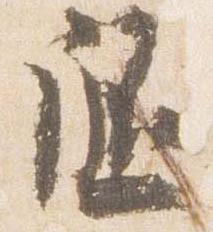
随